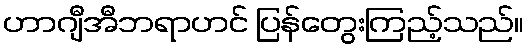
ဟာဂျီအီဘရာဟင် ပြန်တွေးကြည့်သည်။